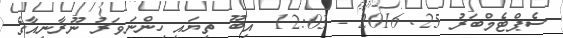
ސެޕްޓެމްބަރު 25